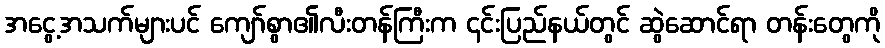
အငွေ့အသက်များပင် ကျော်စွာ၏လီးတန်ကြီးက ၎င်းပြည်နယ်တွင် ဆွဲဆောင်ရာ တန်းတွေကို